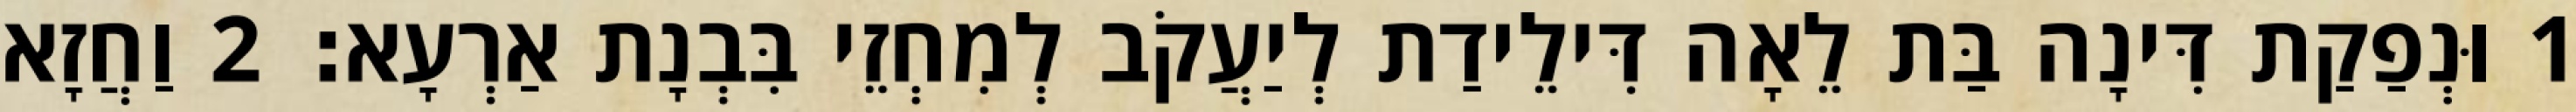
1 וּנְפַקַת דִּינָה בַּת לֵאָה דִּילֵידַת לְיַעֲקֹב לְמִחְזֵי בִּבְנָת אַרְעָא׃ 2 וַחֲזָא